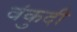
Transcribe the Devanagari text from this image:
वंकुदी